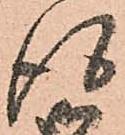
得